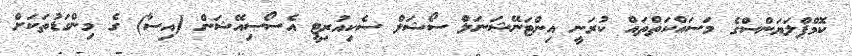
ކޮމްޕްލަޔަންސްގެ މަސައްކަތްތައް ކުރަނީ އިންޓަނޭޝަނަލް ސޯޝަލް ސެކިއުރިޓީ އެސޯސިއޭޝަން (އިސާ) ގެ މިންގަޑުތަކަށް